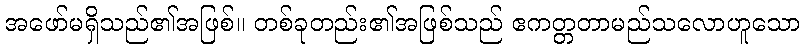
အဖော်မရှိသည်၏အဖြစ်။ တစ်ခုတည်း၏အဖြစ်သည် ဧကတ္တတာမည်သလောဟူသော